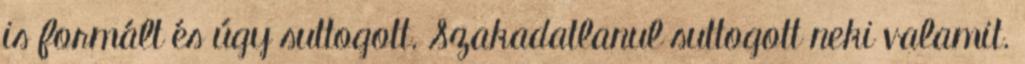
is formált és úgy suttogott. Szakadatlanul suttogott neki valamit.